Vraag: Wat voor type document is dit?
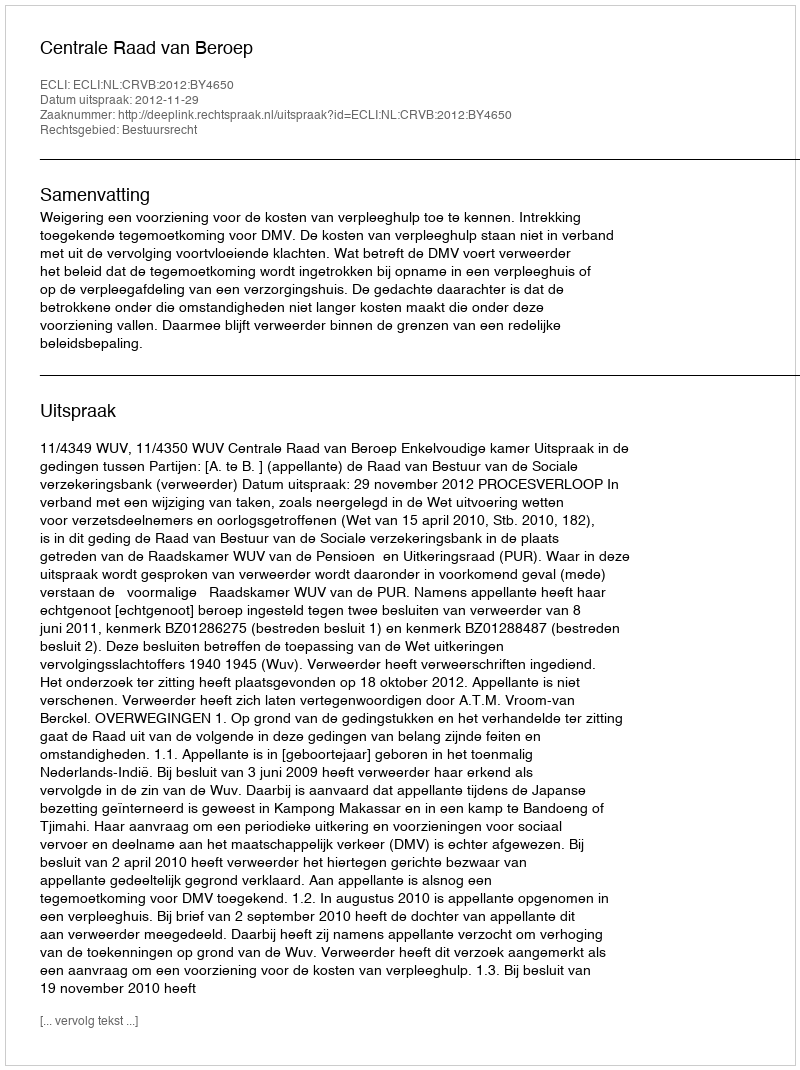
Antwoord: Uitspraak